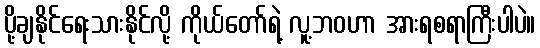
ပို့ချနိုင်ရေးသားနိုင်လို့ ကိုယ်တော်ရဲ့ လူ့ဘဝဟာ အားရစရာကြီးပါပဲ။